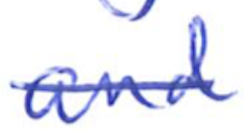
Text: and
Cross-out: mix
Writing tool: ballpoint